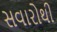
સવારોથી